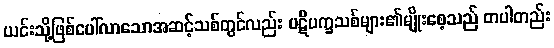
ယင်းသို့ဖြစ်ပေါ်လာသောအဆင့်သစ်တွင်လည်း ပဋိပက္ခသစ်များ၏မျိုးစေ့သည် တပါတည်း